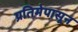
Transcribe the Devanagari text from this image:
प्रतिमेपासून